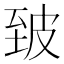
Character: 𰤣